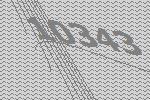
10343